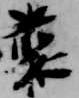
叢